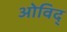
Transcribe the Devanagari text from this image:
ओविद्